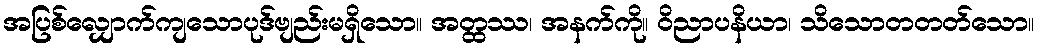
အပြစ်လျှောက်ကျသောပုဒ်ဗျည်းမရှိသော။ အတ္ထဿ၊ အနက်ကို။ ဝိညာပနိယာ၊ သိသောတတတ်သော။